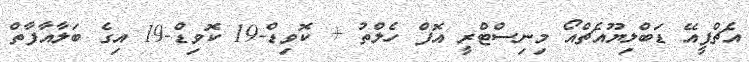
އެޗްޕީއޭ ޑަބްލިޔޫއެޗްއޯ މިނިސްޓްރީ އޮފް ހެލްތު + ކޮވިޑް-19 ކޮވިޑް-19 އިގެ ބަލާއާފާތް